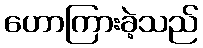
ဟောကြားခဲ့သည်